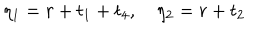
\eta _ { 1 } = r + t _ { 1 } + t _ { 4 } , \quad \eta _ { 2 } = r + t _ { 2 }